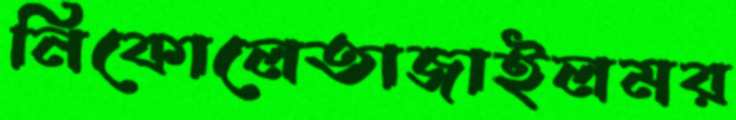
নিকোলেতাজাইলমর